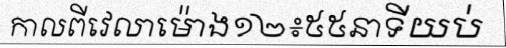
កាលពីវេលាម៉ោង១២៖៥៥នាទីយប់